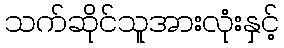
သက်ဆိုင်သူအားလုံးနှင့်